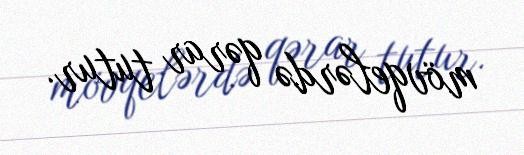
mövqelərdə qərar tutur.